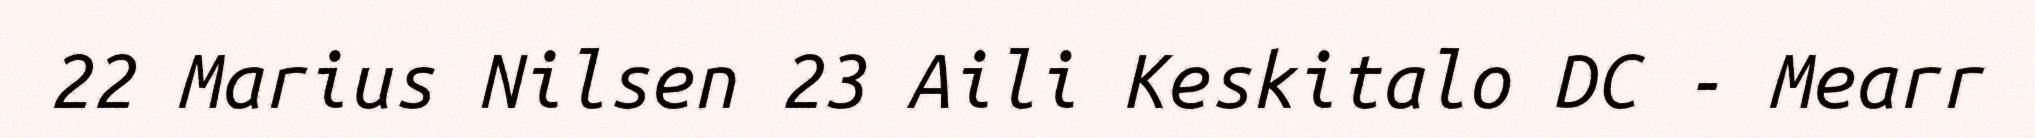
22 Marius Nilsen 23 Aili Keskitalo DC - Mearr